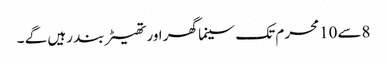
8سے10محرم تک سینما گھر اور تھیٹر بند رہیں گے ۔